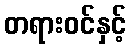
တရားဝင်နှင့်